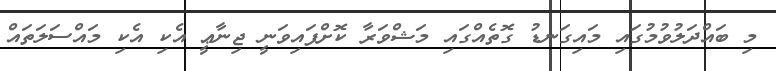
މި ބައްދަލުވުމުގައި މައިގަނޑު ގޮތެއްގައި މަޝްވަރާ ކޮށްފައިވަނީ ޖިނާޢީ އެކި އެކި މައްސަލަތައް